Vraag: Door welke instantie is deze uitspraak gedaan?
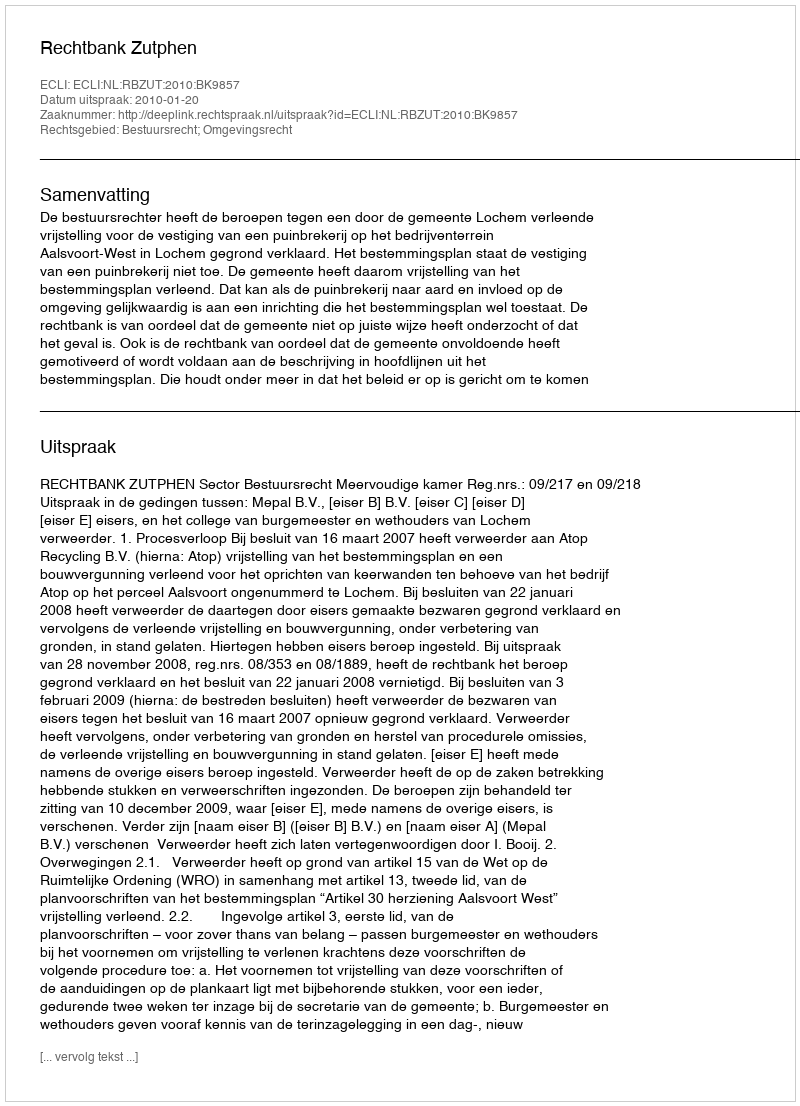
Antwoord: Rechtbank Zutphen